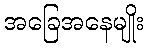
အခြေအနေမျိုး